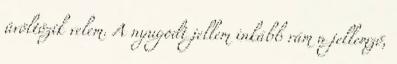
üvöltözik velem. A nyugodt jellem inkább rám a jellemző,